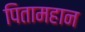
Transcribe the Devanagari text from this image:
पितामहान